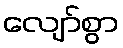
လျော်စွာ